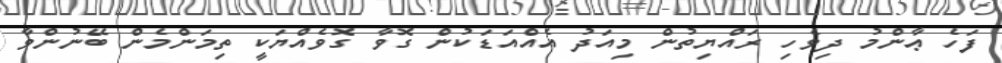
ފަހެ ޢާންމު ދިވެހި ރައްޔިތުން މިއަދު އެއްއަޑަކުން ގޮވާ ގޮވެއްޔަކީ ތިމަންމެން ބޭނުންވާ